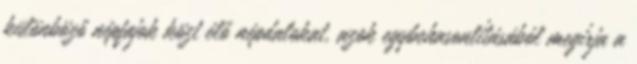
különböző népfajok közt élő népdalokat, azok egybehasonlításából megírja a